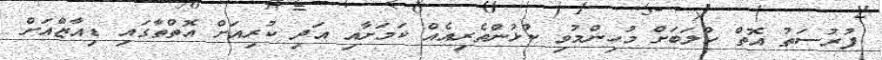
ފުރުސަތު އޮތް ކްލަބަށް މުހިންމުވި ކުޅުންތެރިއެއް ކަމަށާއި އަދި ކުރިއަށް އޮތްތާގައި ޑިއާޒްއަށް